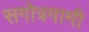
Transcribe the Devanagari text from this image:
सगोत्रगामी